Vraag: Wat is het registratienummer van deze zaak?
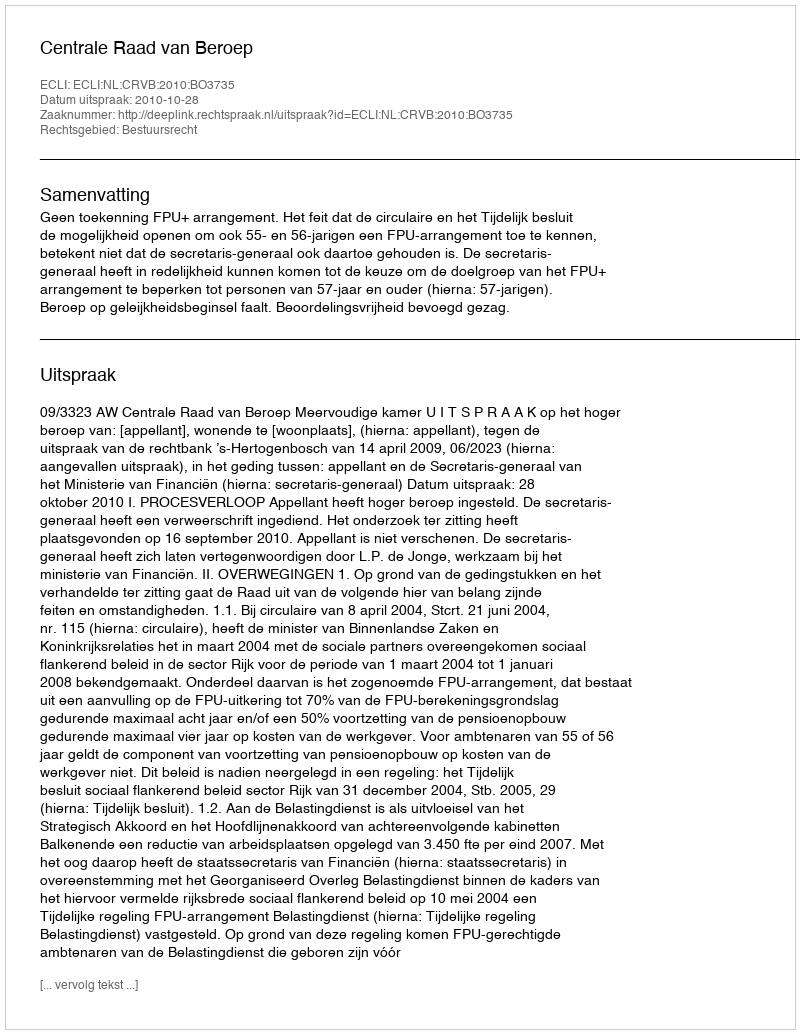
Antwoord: http://deeplink.rechtspraak.nl/uitspraak?id=ECLI:NL:CRVB:2010:BO3735